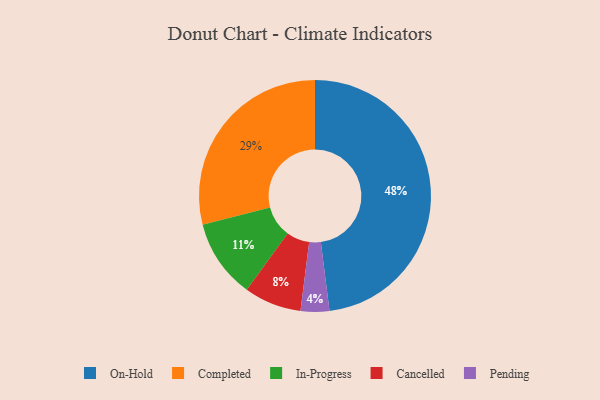
{"axis": {"x": "Category", "y": "Percentage"}, "legend": ["Cancelled", "Completed", "In-Progress", "On-Hold", "Pending"], "data": [{"x": "In-Progress", "y": 11, "type": "In-Progress"}, {"x": "Cancelled", "y": 8, "type": "Cancelled"}, {"x": "Pending", "y": 4, "type": "Pending"}, {"x": "Completed", "y": 29, "type": "Completed"}, {"x": "On-Hold", "y": 48, "type": "On-Hold"}]}